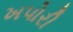
ખપોરી